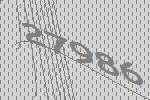
27986